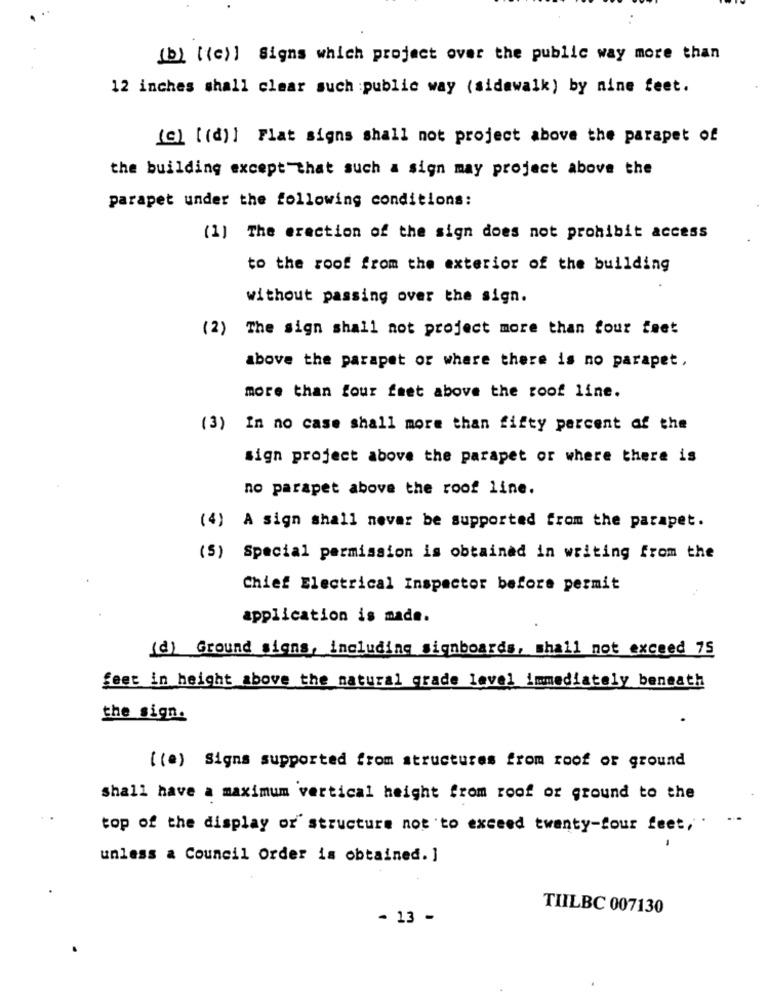
(b) [(c)] Signs which project over the public way more than
12 inches shall clear such :public way (sidewalk) by nine feet.
(c) [(d)] Flat signs shall not project above the parapet of
the building except that such a sign may project above the
parapet under the following conditions:
(1) The erection of the sign does not prohibit access
to the roof from the exterior of the building
without passing over the sign.
(2) The sign shall not project more than four feet
above the parapet or where there is no parapet,
more than four feet above the roof line.
(3) In no case shall more than fifty percent of the
sign project above the parapet or where there is
no parapet above the roof line.
(4) A sign shall never be supported from the parapet.
(5) Special permission is obtained in writing from the
Chief Electrical Inspector before permit
application is made.
(d) Ground signs, including signboards, shall not exceed 75
feet in height above the natural grade level immediately beneath
the sign.
( (e) Signs supported from structures from roof or ground
shall have a maximum vertical height from roof or ground to the
top of the display or structure not to exceed twenty-four feet, .
unless a Council Order is obtained. ]
TILBC 007130
- 13 -